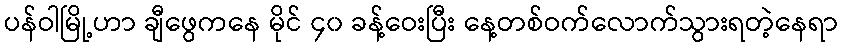
ပန်ဝါမြို့ဟာ ချီဖွေကနေ မိုင် ၄၀ ခန့်ဝေးပြီး နေ့တစ်ဝက်လောက်သွားရတဲ့နေရာ